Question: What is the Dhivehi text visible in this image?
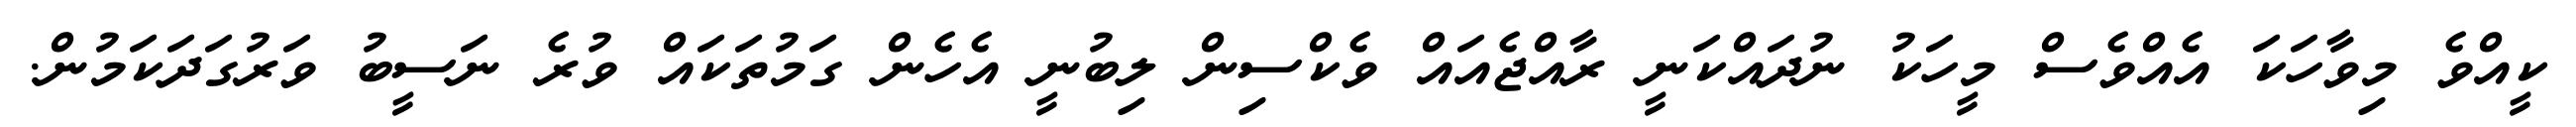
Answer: ކީއްވެ މިވާހަކަ އެއްވެސް މީހަކު ނުދައްކަނީ ރާއްޖެއައް ވެކްސިން ލިބުނީ އެހެން ގަމުތަކައް ވުރެ ނަސީބު ވަރުގަދަކަމުން.